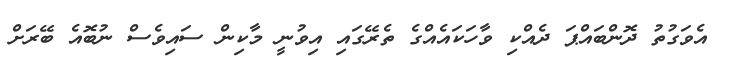
އެވަގުތު ދޮންބައްޕަ ދެއްކި ވާހަކައެއްގެ ތެރޭގައި އިވުނީ މާކިން ސައިވެސް ނުބޮއެ ބޭރަށް